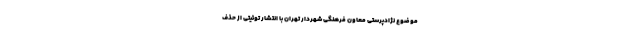
موضوع نژادپرستی معاون فرهنگی شهردار تهران با انتشار توئیتی از حذف